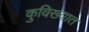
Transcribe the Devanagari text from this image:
कुविख्यात